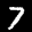
Label: 7